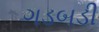
ગડબડી